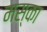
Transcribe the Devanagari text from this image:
मस्का